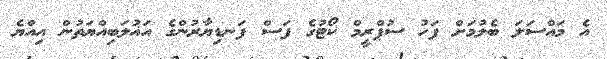
އެ މައްސަލަ ބެލުމަށް ފަހު ސުޕްރީމް ކޯޓުގެ ފަސް ފަނޑިޔާރުންގެ އަޣުލަބިއްޔަތުން އިއްޔެ